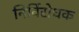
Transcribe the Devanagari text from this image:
निर्विरोधक